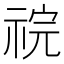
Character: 𫀏